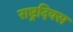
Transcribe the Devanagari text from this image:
राष्ट्रदिवस